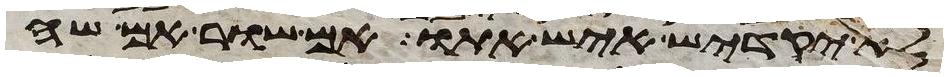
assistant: לא יקדיש איש אתו אם שור אם שה